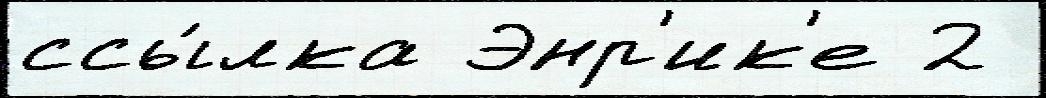
ссы́лка Энр'ик'е 2